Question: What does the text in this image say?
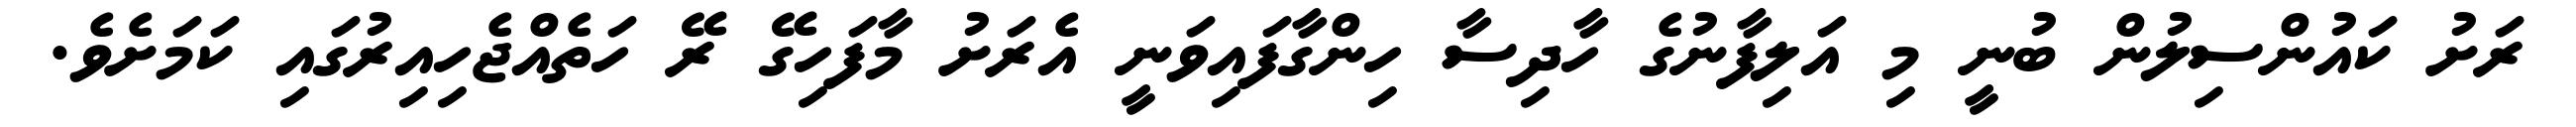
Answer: ރަށު ކައުންސިލުން ބުނީ މި އަލިފާނުގެ ހާދިސާ ހިންގާފައިވަނީ އެރަށު މާފަހިގޭ ރޭ ހަތެއްޖެހިއިރުގައި ކަމަށެވެ.